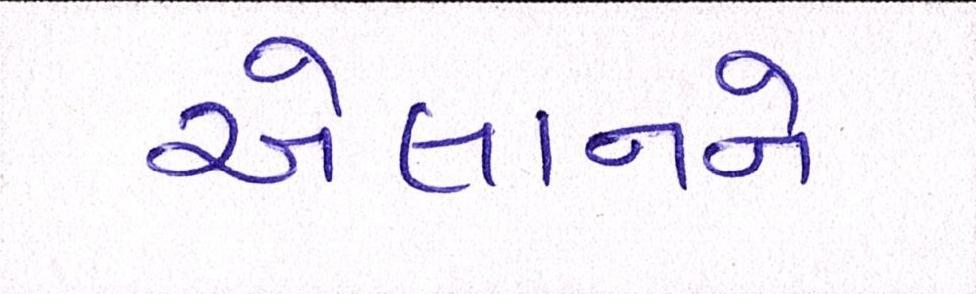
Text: એલાનને